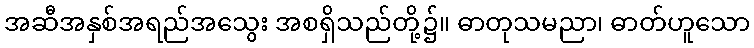
အဆီအနှစ်အရည်အသွေး အစရှိသည်တို့၌။ ဓာတုသမညာ၊ ဓာတ်ဟူသော